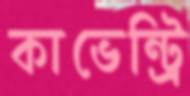
কাভেন্ট্রি